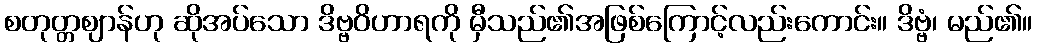
စတုတ္တဈာန်ဟု ဆိုအပ်သော ဒိဗ္ဗဝိဟာရကို မှီသည်၏အဖြစ်ကြောင့်လည်းကောင်း။ ဒိဗ္ဗံ၊ မည်၏။